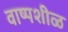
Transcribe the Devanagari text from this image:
वाष्पशीळ